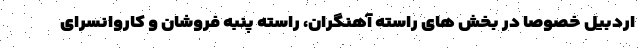
اردبیل خصوصا در بخش های راسته آهنگران، راسته پنبه فروشان و کاروانسرای